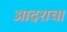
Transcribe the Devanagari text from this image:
आदराचा